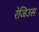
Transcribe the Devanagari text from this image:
रेजिउस